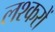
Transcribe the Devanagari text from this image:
लश्करों